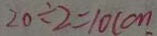
2 0 \div 2 = 1 0 ( c m .